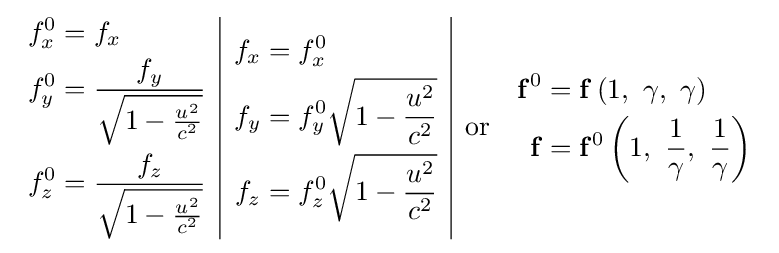
{\begin{array}{c|c|cc}{\begin{aligned}f_{x}^{0}&=f_{x}\\f_{y}^{0}&={\frac {f_{y}}{\sqrt {1-{\frac {u^{2}}{c^{2}}}}}}\\f_{z}^{0}&={\frac {f_{z}}{\sqrt {1-{\frac {u^{2}}{c^{2}}}}}}\end{aligned}}&{\begin{aligned}f_{x}&=f_{x}^{0}\\f_{y}&=f_{y}^{0}{\sqrt {1-{\frac {u^{2}}{c^{2}}}}}\\f_{z}&=f_{z}^{0}{\sqrt {1-{\frac {u^{2}}{c^{2}}}}}\end{aligned}}&{\text{or}}&{\begin{aligned}\mathbf {f} ^{0}&=\mathbf {f} \left(1,\ \gamma ,\ \gamma \right)\\\mathbf {f} &=\mathbf {f} ^{0}\left(1,\ {\frac {1}{\gamma }},\ {\frac {1}{\gamma }}\right)\end{aligned}}\end{array}}